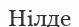
Нілде